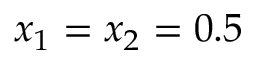
x _ { 1 } = x _ { 2 } = 0 . 5